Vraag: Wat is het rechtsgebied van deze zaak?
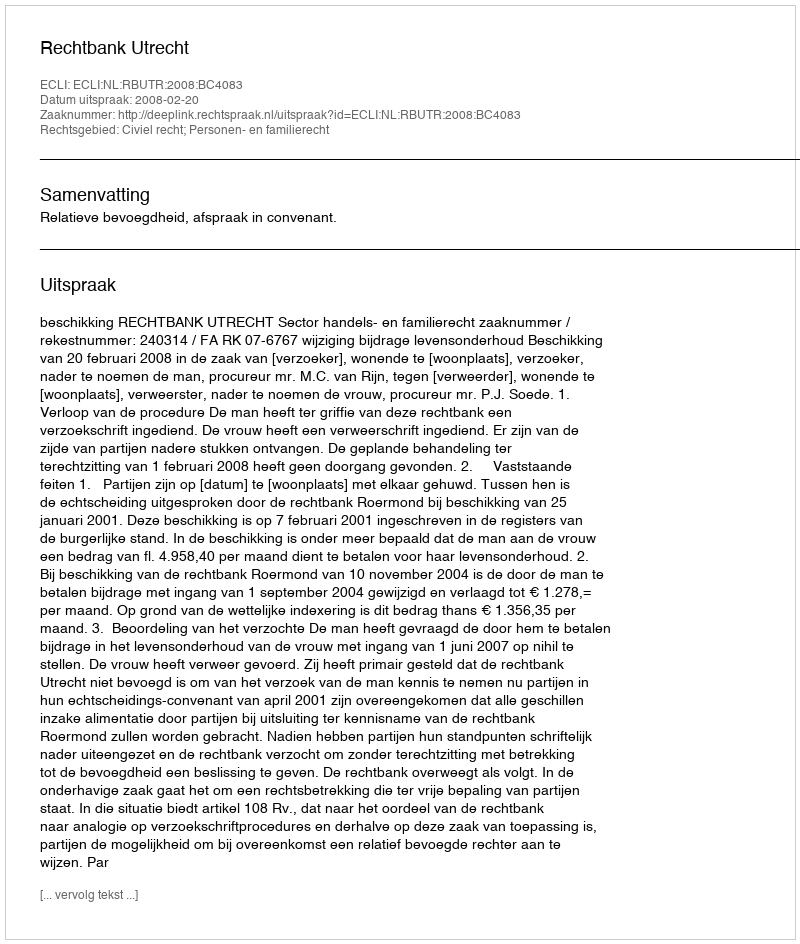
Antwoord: Civiel recht; Personen- en familierecht